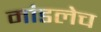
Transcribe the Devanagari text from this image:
मांडलेच